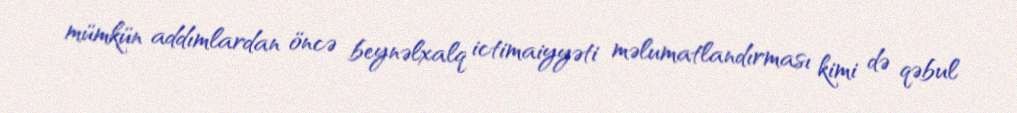
mümkün addımlardan öncə beynəlxalq ictimaiyyəti məlumatlandırması kimi də qəbul